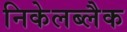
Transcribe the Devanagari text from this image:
निकेलब्लैक